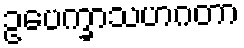
ဥပေက္ခာသဟဂတာ